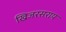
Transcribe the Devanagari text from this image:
खिजरसराय